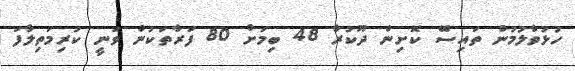
ހުޅުވާލުމުން ތައިސޭ ކޮށިން ދޫކުރާ 48 ބިމަށް 80 ފަރާތަކުން ވަނީ ކުރިމަތިލާފަ